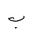
Letter: _ba